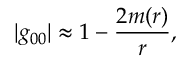
| g _ { 0 0 } | \approx 1 - \frac { 2 m ( r ) } { r } ,